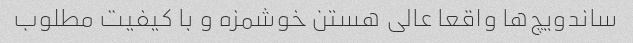
ساندویچ‌ها واقعا عالی هستن خوشمزه و با کیفیت مطلوب